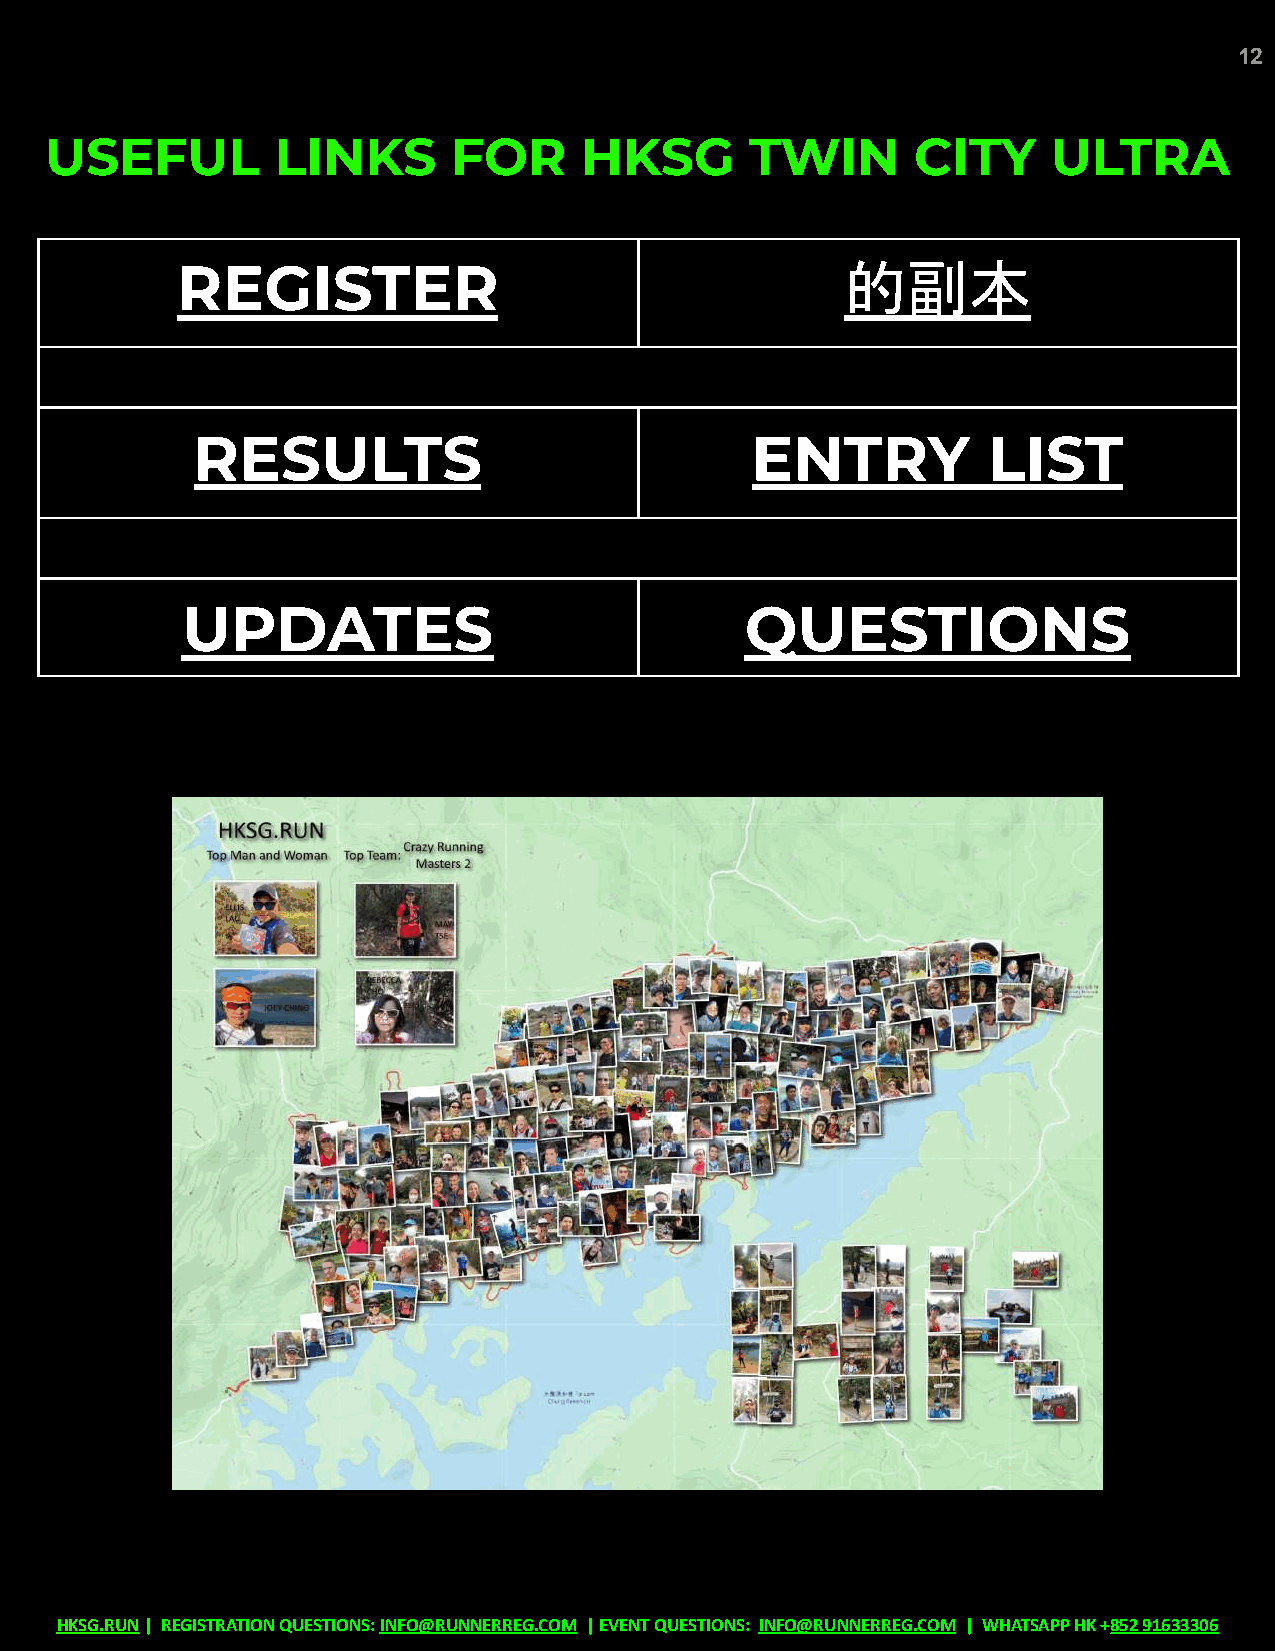
12
 USEFUL         LINKS       FOR     HKSG        TWIN       CITY     ULTRA
 的副本
 REGISTER
 RESULTS                              ENTRY          LIST
 UPDATES                              QUESTIONS
 HKSG.RUN| REGISTRATION QUESTIONS:INFO@RUNNERREG.COM | EVENT QUESTIONS: INFO@RUNNERREG.COM | WHATSAPPHK+852 91633306